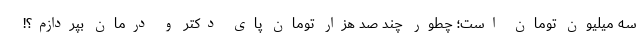
سه میلیون تومان است؛ چطور چند صد هزار تومان پای دکتر و درمان بپردازم؟!